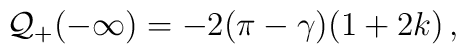
{\cal Q}_{+}(-\infty )=-2(\pi -\gamma )(1+2k)\, ,